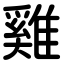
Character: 雞